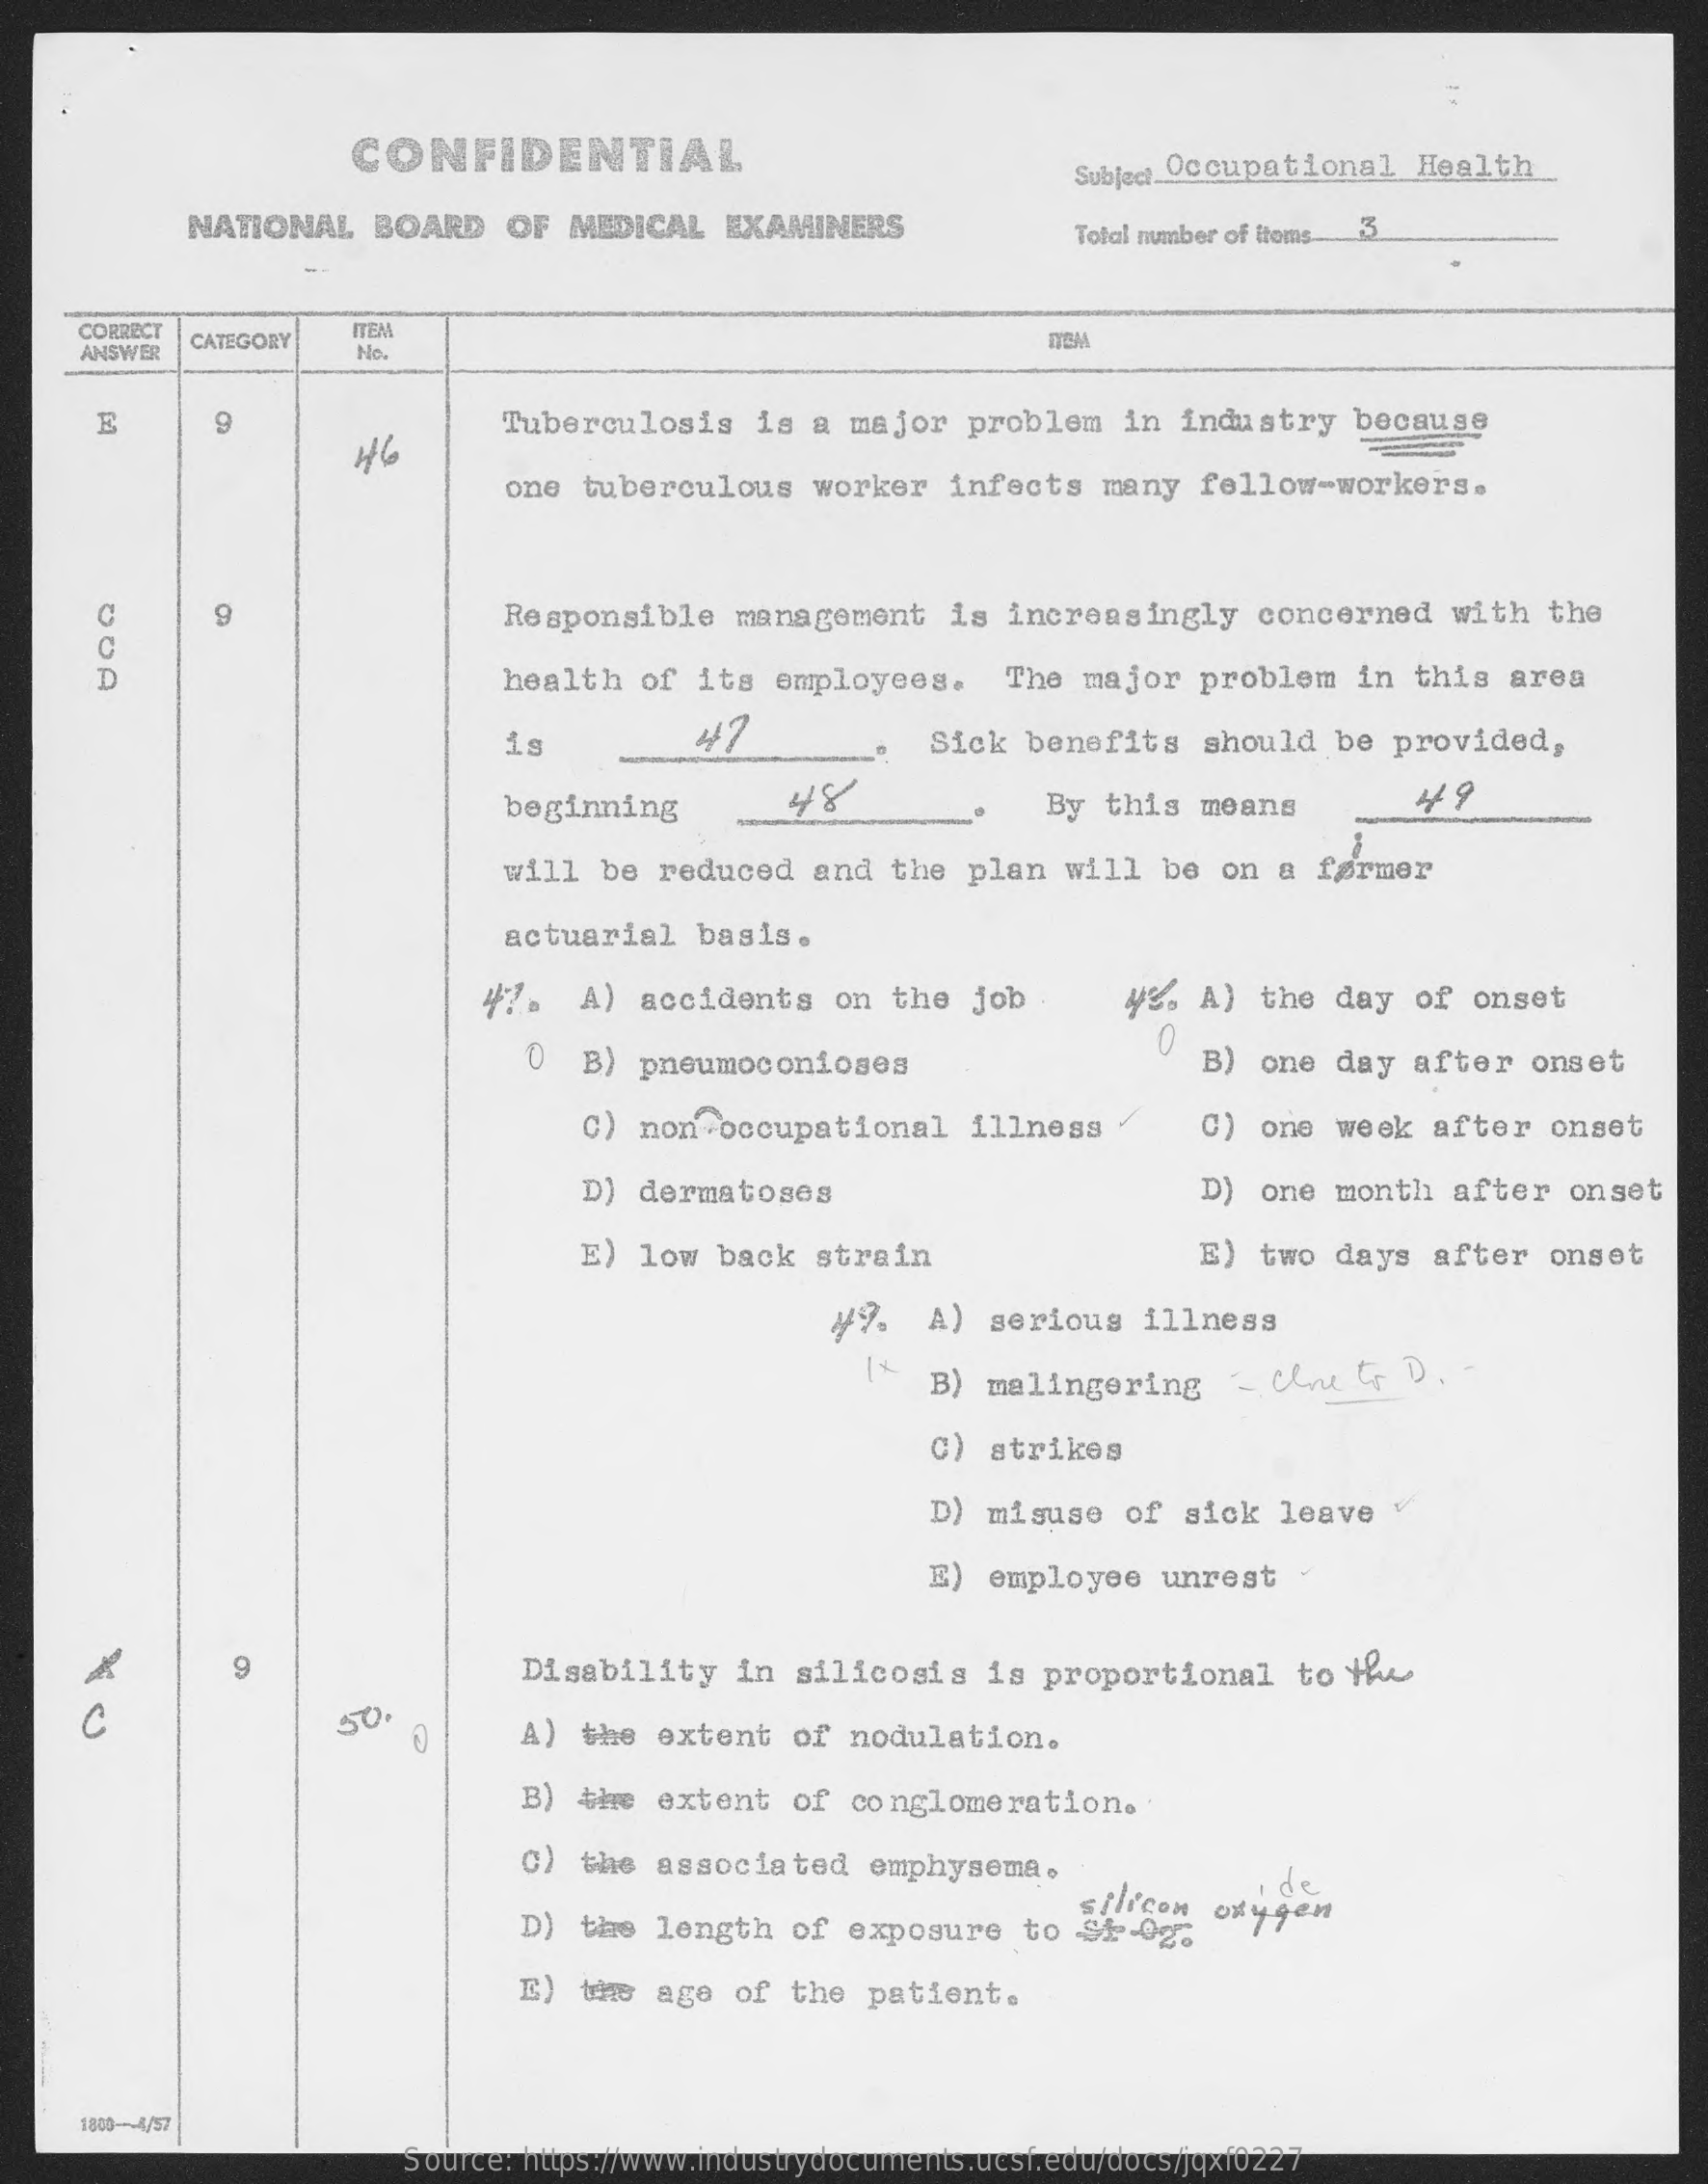
CONFIDENTIAL    Subject Occupational  Health
     NATIONAL   BOARD    OF  MEDICAL   EXAMINERS    Total number of itoms- 3
     CORRECT
     CATEGORY
     ITEM
     ANSWER    No.
     E    9
     46
     Tuberculosis    is a  major  problem    in industry    because
     one  tuberculous    worker   infects   many   fellow-workers.
     9    Responsible    management    is  increasingly    concerned    with   the
     health   of  its  employees.    The  major   problem   in  this  area
     1s    47    Sick  benefits    should   be provided,
     beginning    48    By this   means
     will  be  reduced   and  the  plan   will  be  on  a førmer
     actuarial    basis.
     47.   A)  accidents    on the   job    4%%  A)  the day   of onset
     0  B)  pneumoconioses
     0
     B) one   day  after  onset
     C)  non  occupational    illness    C)  one  week  after   onset
     D)  dermatoses    D)  one  month  after   onset
     E)  low  back  strain    E)  two  days  after   onset
     49    A)  serious   illness
     B) malingering    - Cut,    D.  -
     C)  strikes
     D)  misuse   of  sick  leave
     E)  employee   unrest   -
     9    Disability    in  silicosis    is proportional    to  Hu
     50    A)  the  extent   of  nodulation.
     B)  the  extent   of  conglomeration.
     C)  the  associated    emphysema.
     D)  the  length   of  exposure   to  St-0g.
     silicon oxygen
     E)  the  age  of  the  patient.
     1800 --- 4/57
     Source: https://www.industrydocuments.ucsf.edu/docs/jqxf0227